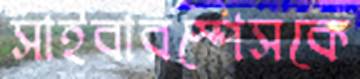
সাইবারস্পেসকে